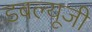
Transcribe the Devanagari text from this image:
डबल्यूजी